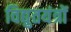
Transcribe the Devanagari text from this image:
विद्युतयंत्रों